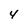
Character: 4